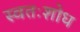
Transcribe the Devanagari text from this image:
स्वतःशोध